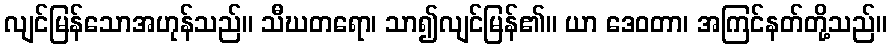
လျင်မြန်သောအဟုန်သည်။ သီဃတရော၊ သာ၍လျင်မြန်၏။ ယာ ဒေဝတာ၊ အကြင်နတ်တို့သည်။